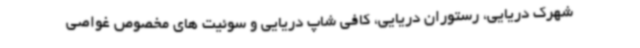
شهرک دریایی، رستوران دریایی، کافی شاپ دریایی و سوئیت های مخصوص غواصی